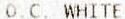
O.C. WHITE